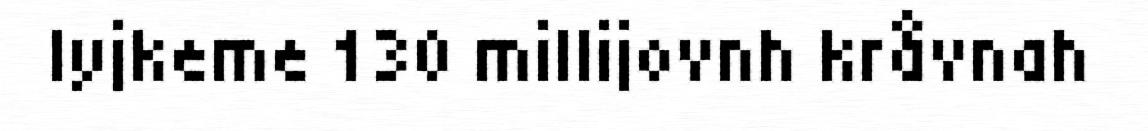
lyjkeme 130 millijovnh kråvnah